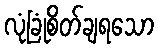
လုံခြုံစိတ်ချရသော